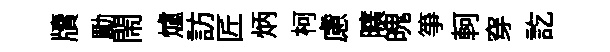
牘勵閙爐訪匠炳柯慮曠魄筝軻穿訖